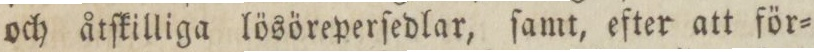
och åtſkilliga lösöreperſedlar, ſamt, efter att för=